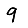
Digit: 9